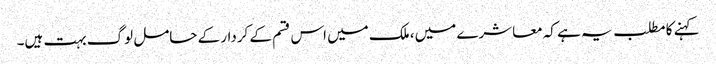
کہنے کا مطلب یہ ہے کہ معاشرے میں، ملک میں اس قسم کے کردار کے حامل لوگ بہت ہیں۔